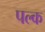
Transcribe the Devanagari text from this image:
पल्क